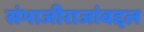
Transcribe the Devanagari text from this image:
संभाजीराजांबद्दल